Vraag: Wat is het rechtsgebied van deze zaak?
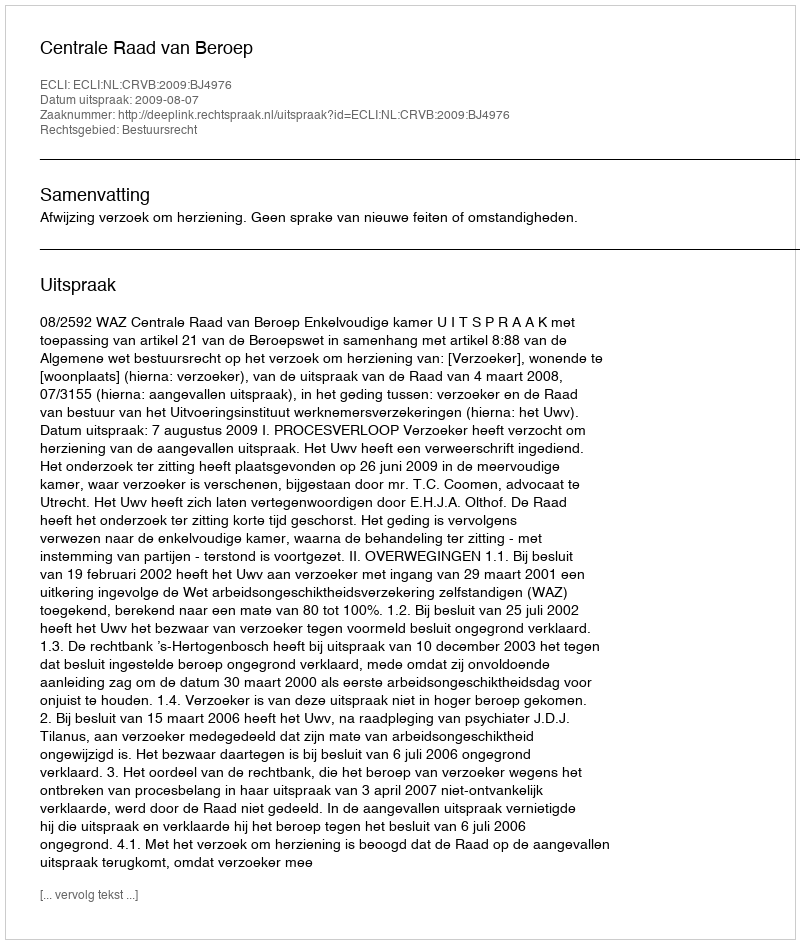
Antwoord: Bestuursrecht